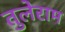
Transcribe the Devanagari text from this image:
तुलेराम